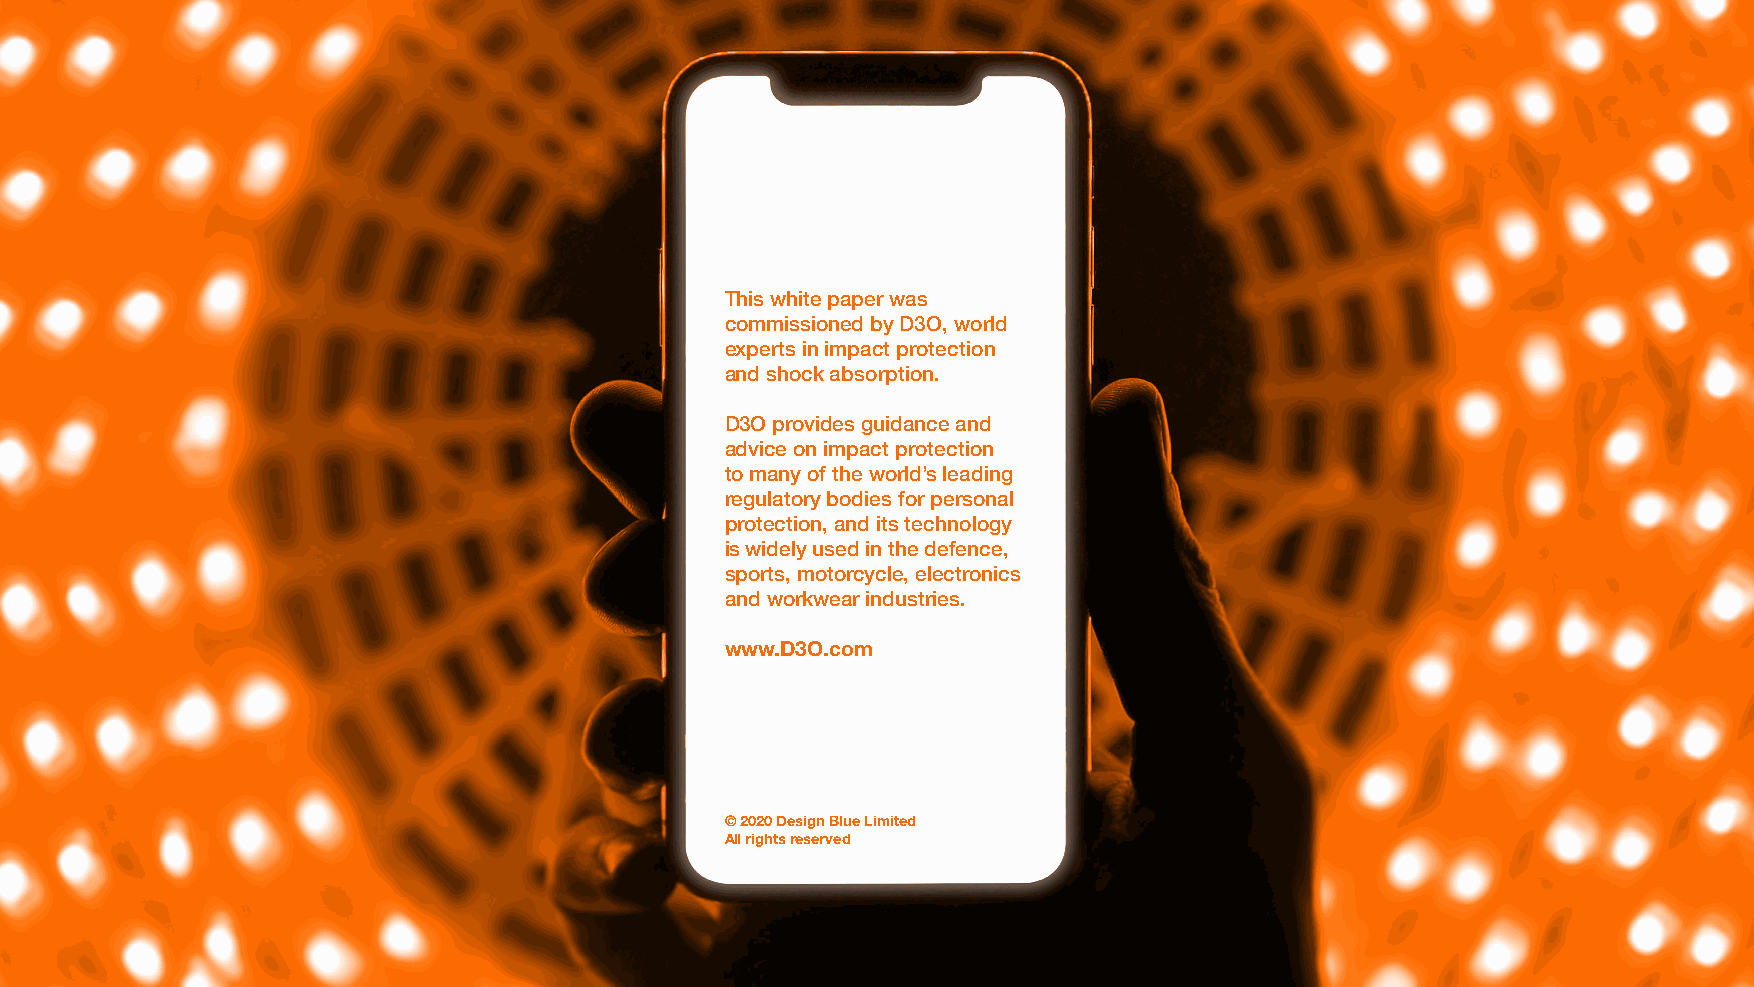
This white paper was
 commissioned by D3O, world
 experts in impact protection
 and shock absorption.
 D3O provides guidance and
 advice on impact protection
 to many of the world’s leading
 regulatory bodies for personal
 protection, and its technology
 is widely used in the defence,
 sports, motorcycle, electronics
 and workwear industries.
 www.D3O.com
 © 2020 Design Blue Limited
 All rights reserved
 23